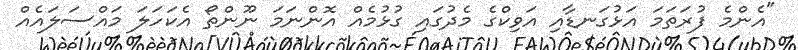
"އެންމެ ފުރަތަމަ އަޅުގަނޑާއި އަވިކްގެ މެދުގައި ގުޅުމެއް އޮންނަމަ ނޫންތޯ އެކަހަލަ މައްސަލައެއް